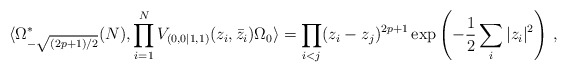
\begin{align*} \langle\Omega_{-\sqrt{(2p+1)/2}}^*(N),\prod_{i=1}^NV_{(0,0|1,1)}(z_i, \bar z_i)\Omega_0\rangle = \prod_{i<j}(z_i-z_j)^{2p+1}\exp\left(-\frac{1}{2}\sum_i|z_i|^2\right)\,,\end{align*}